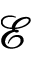
\mathcal { E }